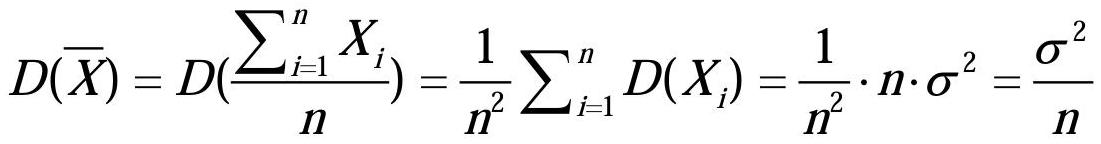
\[
D(\overline{X}) = D(\frac{\sum_{i = 1}^{n} X_{i}}{n}) = \frac{1}{n^{2}} \sum_{i = 1}^{n} D(X_{i}) = \frac{1}{n^{2}} \cdot n \cdot \sigma^{2} = \frac{\sigma^{2}}{n}
\]